Scottish Certificate of Education, 1963
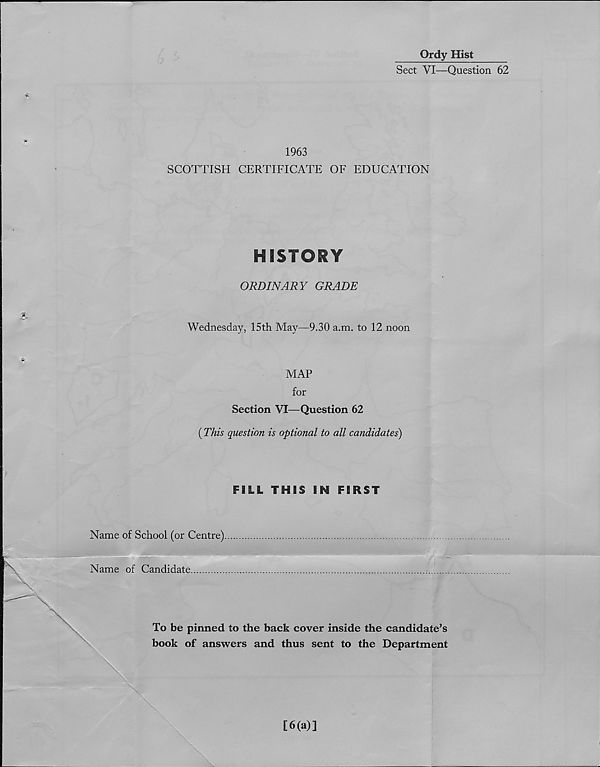
Ordy Hist
Sect VI—Question 62
1963
SCOTTISH CERTIFICATE OF EDUCATION
HISTORY
ORDINARY GRADE
Wednesday, 15th May—9.30 a.m. to 12 noon
MAP
for
Section VI—Question 62
(This question is optional to all candidates)
FILL THIS IN FIRST
Name of School (or Centre).
Name of Candidate
To be pinned to the back cover inside the candidate’s
book of answers and thus sent to the Department
[6(a)]